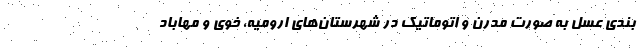
بندی عسل به صورت مدرن و اتوماتیک در شهرستان‌های ارومیه، خوی و مهاباد